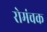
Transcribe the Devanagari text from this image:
रोमंचक